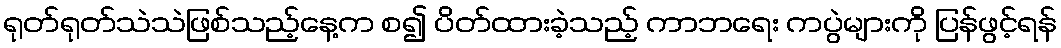
ရုတ်ရုတ်သဲသဲဖြစ်သည့်နေ့က စ၍ ပိတ်ထားခဲ့သည့် ကာဘရေး ကပွဲများကို ပြန်ဖွင့်ရန်